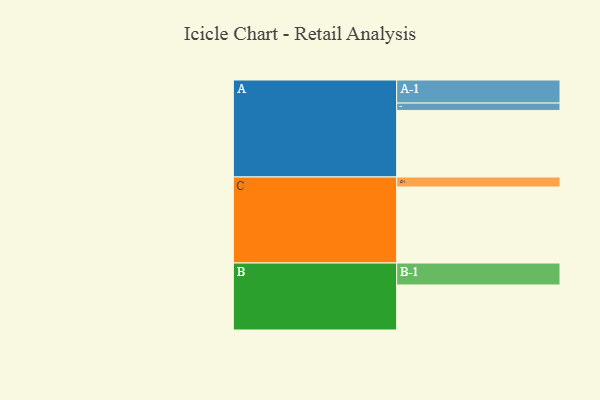
{"axis": {"x": "Segment", "y": "Value"}, "legend": ["", "A", "B", "C"], "data": [{"x": "A", "y": 479, "type": ""}, {"x": "B", "y": 324, "type": ""}, {"x": "C", "y": 547, "type": ""}, {"x": "A-1", "y": 166, "type": "A"}, {"x": "A-2", "y": 53, "type": "A"}, {"x": "B-1", "y": 158, "type": "B"}, {"x": "C-1", "y": 72, "type": "C"}]}